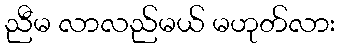
ညီမ လာလည်မယ် မဟုတ်လား